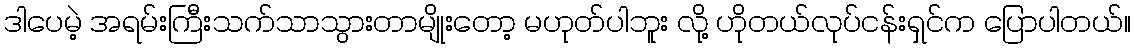
ဒါပေမဲ့ အရမ်းကြီးသက်သာသွားတာမျိုးတော့ မဟုတ်ပါဘူး လို့ ဟိုတယ်လုပ်ငန်းရှင်က ပြောပါတယ်။